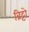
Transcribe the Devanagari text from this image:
ब्रिट्टो